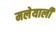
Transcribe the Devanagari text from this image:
मलेयाली